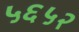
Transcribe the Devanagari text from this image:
५६५२